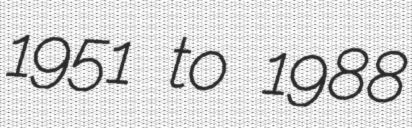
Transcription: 1951 to 1988